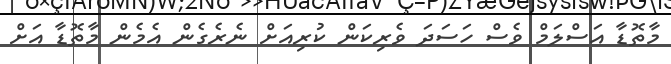
މާތޮޑާ އަސްލަމް ވެސް ހަސަދަ ވެރިކަން ކުރިއަށް ނެރެގެން އެމެން މާތޮޑާ އަށް